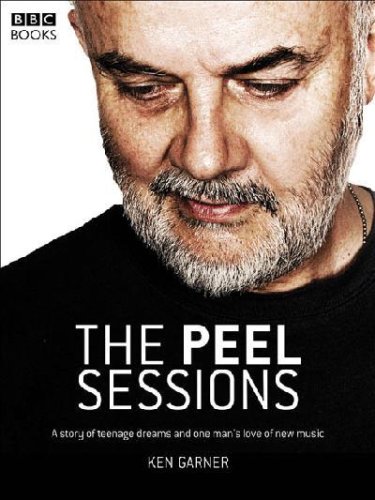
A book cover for The Peel Sessions; Humor & Entertainment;